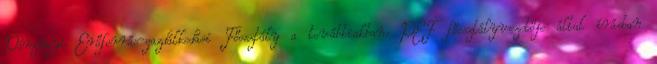
Pénzügyi Erőforrás-gazdálkodási Főosztály a továbbiakban: PEF főosztályvezetője által írásban